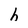
Character: h